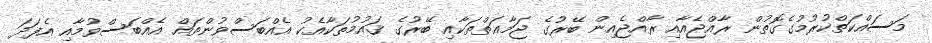
މަސައްކަތްކުރުމުގެގޮތުން ރާއްޖެއާއި ރާއްޖެއިން ބޭރުގެ ޖަމާޢަތްތަކާއި ބޭރުގެ ޤައުމުތަކާއެކު އެއްބަސްވުންތައް އެއްބަސްވުމާއި އެފަދަ